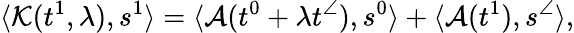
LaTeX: \langle\mathcal{K}(t^{1},\lambda),s^{1}\rangle=\langle\mathcal{A}(t^{0}+\lambda t^{\angle}),s^{0}\rangle+\langle\mathcal{A}(t^{1}),s^{\angle}\rangle,